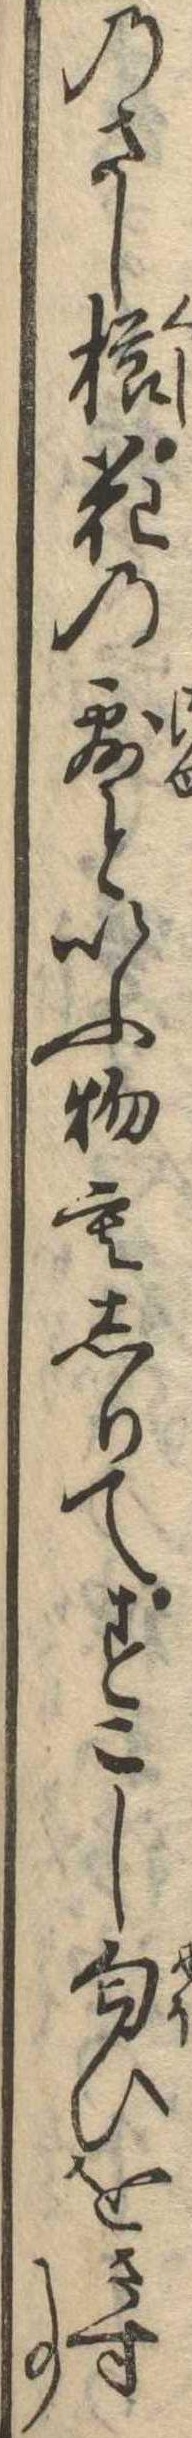
のさし櫛花の露といふ物もしりてすこし匂ひをさす事